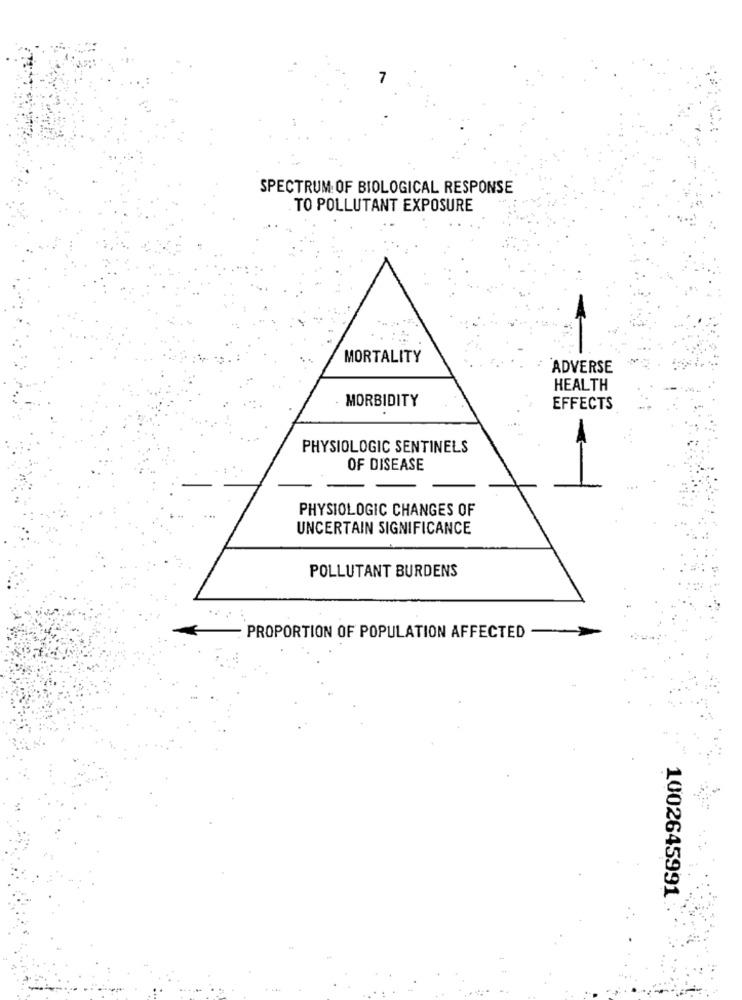
SPECTRUM OF BIOLOGICAL RESPONSE
TO POLLUTANT EXPOSURE
MORTALITY
ADVERSE
HEALTH
MORBIDITY
EFFECTS
PHYSIOLOGIC SENTINELS
OF DISEASE
-
PHYSIOLOGIC CHANGES OF
UNCERTAIN SIGNIFICANCE
POLLUTANT BURDENS
PROPORTION OF POPULATION AFFECTED
1002645991